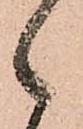
日